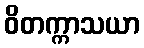
ဝိတက္ကာသယာ